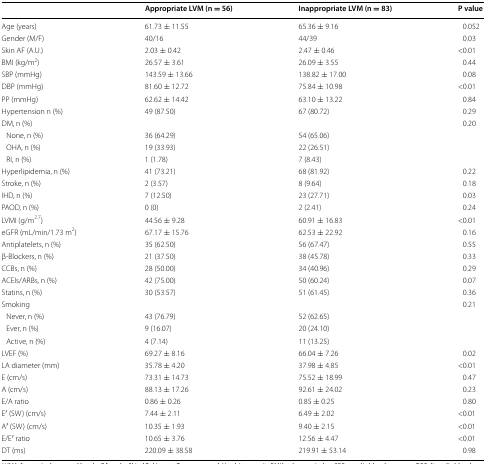
<table><thead><tr><td></td><td><b>Appropriate LVM (n = 56)</b></td><td><b>Inappropriate LVM (n = 83)</b></td><td><b>P value</b></td></tr></thead><tbody><tr><td>Age (years)</td><td>61.73 ± 11.55</td><td>65.36 ± 9.16</td><td>0.052</td></tr><tr><td>Gender (M/F)</td><td>40/16</td><td>44/39</td><td>0.03</td></tr><tr><td>Skin AF (A.U.)</td><td>2.03 ± 0.42</td><td>2.47 ± 0.46</td><td>&lt;0.01</td></tr><tr><td>BMI (kg/m<sup>2</sup>)</td><td>26.57 ± 3.61</td><td>26.09 ± 3.55</td><td>0.44</td></tr><tr><td>SBP (mmHg)</td><td>143.59 ± 13.66</td><td>138.82 ± 17.00</td><td>0.08</td></tr><tr><td>DBP (mmHg)</td><td>81.60 ± 12.72</td><td>75.84 ± 10.98</td><td>&lt;0.01</td></tr><tr><td>PP (mmHg)</td><td>62.62 ± 14.42</td><td>63.10 ± 13.22</td><td>0.84</td></tr><tr><td>Hypertension n (%)</td><td>49 (87.50)</td><td>67 (80.72)</td><td>0.29</td></tr><tr><td>DM, n (%)</td><td></td><td></td><td>0.20</td></tr><tr><td> None, n (%)</td><td>36 (64.29)</td><td>54 (65.06)</td><td></td></tr><tr><td> OHA, n (%)</td><td>19 (33.93)</td><td>22 (26.51)</td><td></td></tr><tr><td> RI, n (%)</td><td>1 (1.78)</td><td>7 (8.43)</td><td></td></tr><tr><td>Hyperlipidemia, n (%)</td><td>41 (73.21)</td><td>68 (81.92)</td><td>0.22</td></tr><tr><td>Stroke, n (%)</td><td>2 (3.57)</td><td>8 (9.64)</td><td>0.18</td></tr><tr><td>IHD, n (%)</td><td>7 (12.50)</td><td>23 (27.71)</td><td>0.03</td></tr><tr><td>PAOD, n (%)</td><td>0 (0)</td><td>2 (2.41)</td><td>0.24</td></tr><tr><td>LVMI (g/m<sup>2.7</sup>)</td><td>44.56 ± 9.28</td><td>60.91 ± 16.83</td><td>&lt;0.01</td></tr><tr><td>eGFR (mL/min/1.73 m<sup>2</sup>)</td><td>67.17 ± 15.76</td><td>62.53 ± 22.92</td><td>0.16</td></tr><tr><td>Antiplatelets, n (%)</td><td>35 (62.50)</td><td>56 (67.47)</td><td>0.55</td></tr><tr><td>β-Blockers, n (%)</td><td>21 (37.50)</td><td>38 (45.78)</td><td>0.33</td></tr><tr><td>CCBs, n (%)</td><td>28 (50.00)</td><td>34 (40.96)</td><td>0.29</td></tr><tr><td>ACEIs/ARBs, n (%)</td><td>42 (75.00)</td><td>50 (60.24)</td><td>0.07</td></tr><tr><td>Statins, n (%)</td><td>30 (53.57)</td><td>51 (61.45)</td><td>0.36</td></tr><tr><td>Smoking</td><td></td><td></td><td>0.21</td></tr><tr><td> Never, n (%)</td><td>43 (76.79)</td><td>52 (62.65)</td><td></td></tr><tr><td> Ever, n (%)</td><td>9 (16.07)</td><td>20 (24.10)</td><td></td></tr><tr><td> Active, n (%)</td><td>4 (7.14)</td><td>11 (13.25)</td><td></td></tr><tr><td>LVEF (%)</td><td>69.27 ± 8.16</td><td>66.04 ± 7.26</td><td>0.02</td></tr><tr><td>LA diameter (mm)</td><td>35.78 ± 4.20</td><td>37.98 ± 4.85</td><td>&lt;0.01</td></tr><tr><td>E (cm/s)</td><td>73.31 ± 14.73</td><td>75.52 ± 18.99</td><td>0.47</td></tr><tr><td>A (cm/s)</td><td>88.13 ± 17.26</td><td>92.61 ± 24.02</td><td>0.23</td></tr><tr><td>E/A ratio</td><td>0.86 ± 0.26</td><td>0.85 ± 0.25</td><td>0.80</td></tr><tr><td>E′ (SW) (cm/s)</td><td>7.44 ± 2.11</td><td>6.49 ± 2.02</td><td>&lt;0.01</td></tr><tr><td>A′ (SW) (cm/s)</td><td>10.35 ± 1.93</td><td>9.40 ± 2.15</td><td>&lt;0.01</td></tr><tr><td>E/E′ ratio</td><td>10.65 ± 3.76</td><td>12.56 ± 4.47</td><td>&lt;0.01</td></tr><tr><td>DT (ms)</td><td>220.09 ± 38.58</td><td>219.91 ± 53.14</td><td>0.98</td></tr></tbody></table>